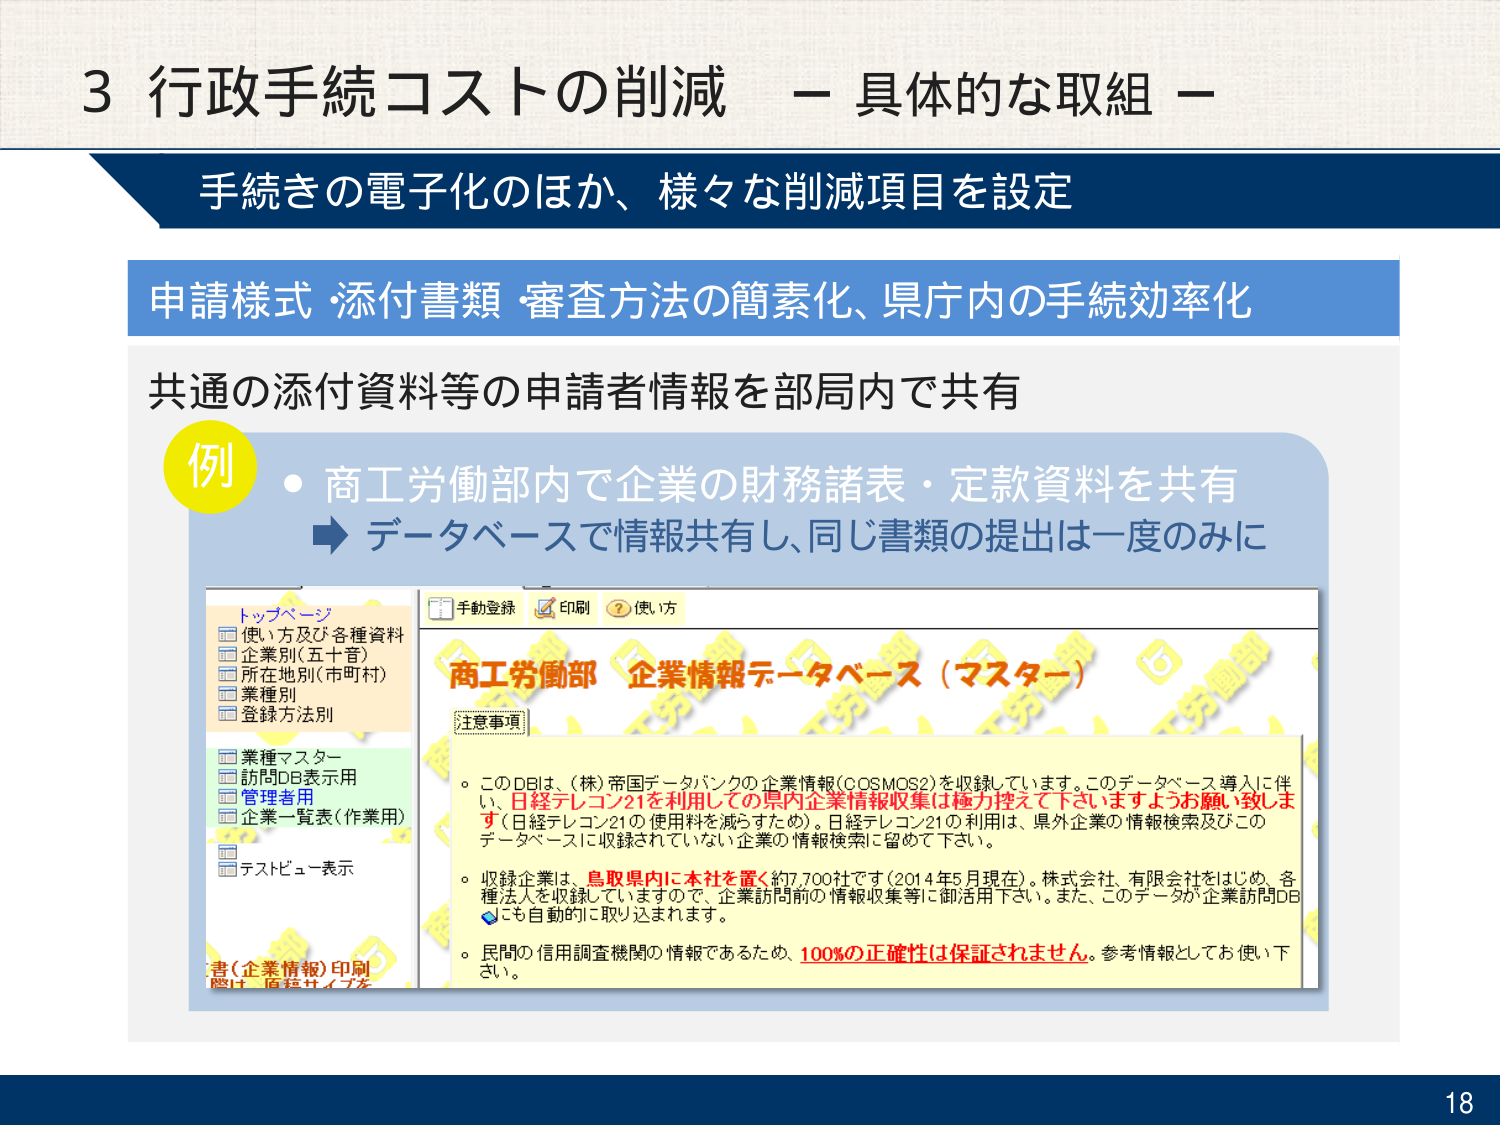
3 行政手続コストの削減 － 具体的な取組 －

手続きの電子化のほか、様々な削減項目を設定

申請様式・添付書類・審査方法の簡素化、県庁内の手続効率化

共通の添付資料等の申請者情報を部局内で共有

例
・商工労働部内で企業の財務諸表・定款資料を共有
　→ データベースで情報共有し、同じ書類の提出は一度のみに

トップページ
□ 使い方及び各種資料
□ 企業別（五十音）
□ 所在地別（市町村）
□ 業種別
□ 登録方法別

□ 業種マスター
□ 訪問DB表示用
□ 管理者用
□ 企業一覧表（作業用）

□ テストビュー表示

手動登録　印刷　？ 使い方

商工労働部 企業情報データベース（マスター）

注意事項

○ このDBは、（株）帝国データバンクの企業情報（COSMOS2）を収録しています。このデータベース導入に伴い、日経テレコン21を利用しての県内企業情報収集は極力控えて下さいますようお願い致します（日経テレコン21の使用料を減らすため）。日経テレコン21の利用は、県外企業の情報検索及びこのデータベースに収録されていない企業の情報検索に留めて下さい。

○ 収録企業は、鳥取県内に本社を置く約7,700社です（2014年5月現在）。株式会社、有限会社をはじめ、各種法人を収録していますので、企業訪問前の情報収集等に御活用下さい。また、このデータが企業訪問DBにも自動的に取り込まれます。

○ 民間の信用調査機関の情報であるため、100%の正確性は保証されません。参考情報としてお使い下さい。

書（企業情報）印刷
際は、原稿サイズを

18